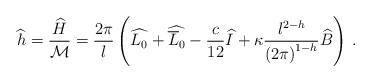
LaTeX: \begin{align*}\widehat{h}=\displaystyle\frac{\widehat{H}}{{\cal M}}=\displaystyle\frac{2\pi }{l}\left( \widehat{L_{0}}+\widehat{\overline{L}_{0}}-\displaystyle\frac{c}{12}\widehat{I}+\kappa \displaystyle\frac{l^{2-h}}{\left( 2\pi \right) ^{1-h}}\widehat{B}\right) \: .\end{align*}